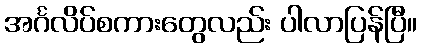
အင်္ဂလိပ်စကားတွေလည်း ပါလာပြန်ပြီ။